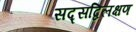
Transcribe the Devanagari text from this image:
सद्सद्विलक्षण